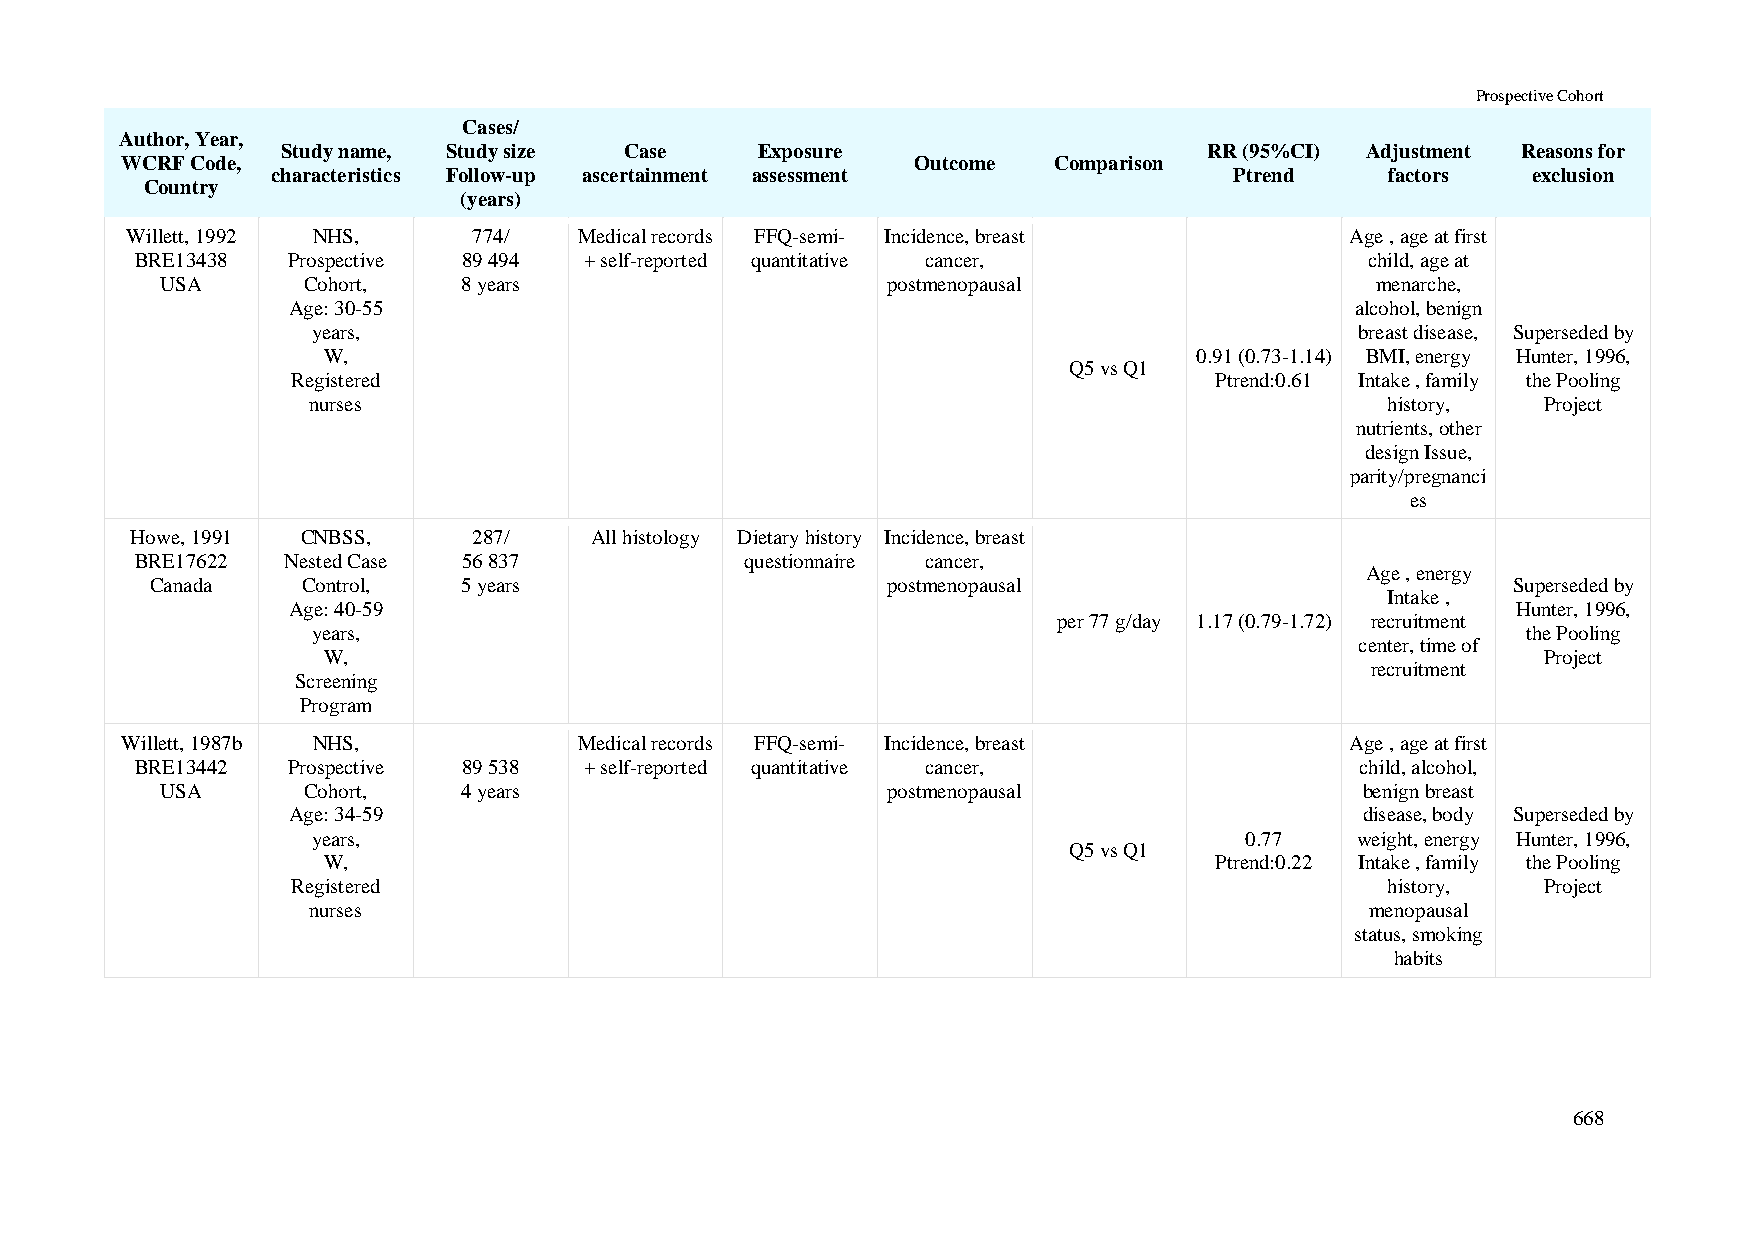
Prospective Cohort
 Cases/
 Author, Year,
 Study name, Study size Case    Exposure                      RR (95%CI) Adjustment Reasons for
 WCRF Code,                                           Outcome  Comparison
 characteristics Follow-up ascertainment assessment              Ptrend    factors  exclusion
 Country
 (years)
 Willett, 1992 NHS,     774/   Medical records FFQ-semi- Incidence, breast        Age , age at first
 BRE13438  Prospective 89 494  + self-reported quantitative cancer,                child, age at
 USA      Cohort,    8 years                     postmenopausal                  menarche,
 Age: 30-55                                                             alcohol, benign
 years,                                                               breast disease, Superseded by
 W,                                                        0.91 (0.73-1.14) BMI, energy Hunter, 1996,
 Q5 vs Q1
 Registered                                                   Ptrend:0.61 Intake , family the Pooling
 nurses                                                                  history,  Project
 nutrients, other
 design Issue,
 parity/pregnanci
 es
 Howe, 1991 CNBSS,     287/    All histology Dietary history Incidence, breast
 BRE17622  Nested Case 56 837            questionnaire cancer,
 Age , energy
 Canada    Control,   5 years                     postmenopausal                           Superseded by
 Intake ,
 Age: 40-59                                                                       Hunter, 1996,
 per 77 g/day 1.17 (0.79-1.72) recruitment
 years,                                                                          the Pooling
 center, time of
 W,                                                                               Project
 recruitment
 Screening
 Program
 Willett, 1987b NHS,           Medical records FFQ-semi- Incidence, breast        Age , age at first
 BRE13442  Prospective 89 538  + self-reported quantitative cancer,               child, alcohol,
 USA      Cohort,    4 years                     postmenopausal                 benign breast
 Age: 34-59                                                             disease, body Superseded by
 years,                                                       0.77    weight, energy Hunter, 1996,
 Q5 vs Q1
 W,                                                         Ptrend:0.22 Intake , family the Pooling
 Registered                                                               history,  Project
 nurses                                                                 menopausal
 status, smoking
 habits
 668